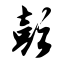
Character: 彭